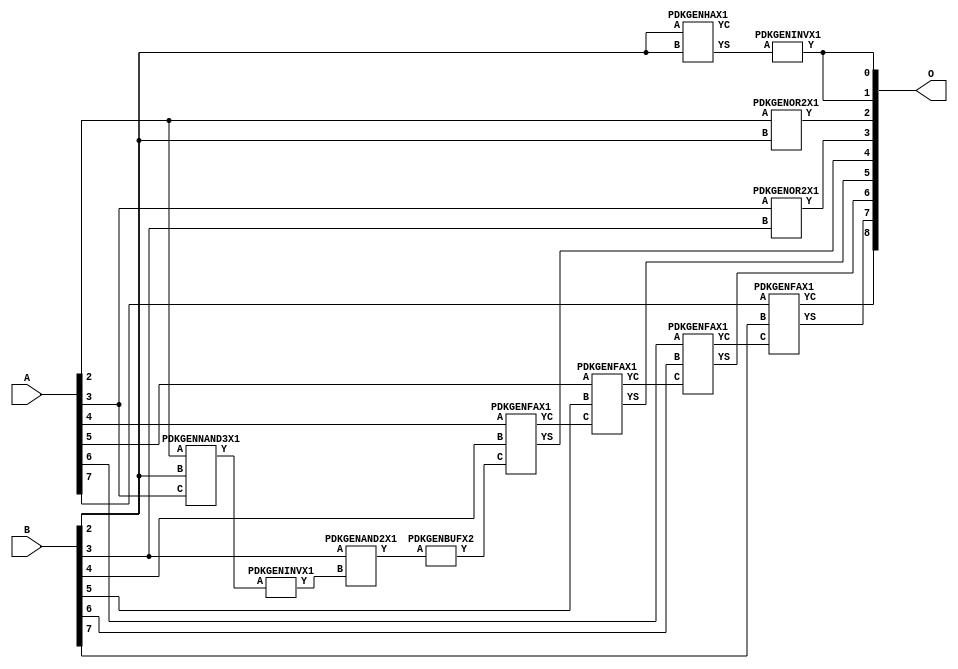
// Library = EvoApprox8b
// Circuit = add8_375
// Area   (180) = 748
// Delay  (180) = 1.280
// Power  (180) = 182.60
// Area   (45) = 55
// Delay  (45) = 0.480
// Power  (45) = 17.92
// Nodes = 12
// HD = 176512
// MAE = 3.20312
// MSE = 18.50000
// MRE = 1.68 %
// WCE = 11
// WCRE = 300 %
// EP = 85.9 %

module add8_375(A, B, O);
  input [7:0] A;
  input [7:0] B;
  output [8:0] O;
  wire [2031:0] N;

  assign N[0] = A[0];
  assign N[1] = A[0];
  assign N[2] = A[1];
  assign N[3] = A[1];
  assign N[4] = A[2];
  assign N[5] = A[2];
  assign N[6] = A[3];
  assign N[7] = A[3];
  assign N[8] = A[4];
  assign N[9] = A[4];
  assign N[10] = A[5];
  assign N[11] = A[5];
  assign N[12] = A[6];
  assign N[13] = A[6];
  assign N[14] = A[7];
  assign N[15] = A[7];
  assign N[16] = B[0];
  assign N[17] = B[0];
  assign N[18] = B[1];
  assign N[19] = B[1];
  assign N[20] = B[2];
  assign N[21] = B[2];
  assign N[22] = B[3];
  assign N[23] = B[3];
  assign N[24] = B[4];
  assign N[25] = B[4];
  assign N[26] = B[5];
  assign N[27] = B[5];
  assign N[28] = B[6];
  assign N[29] = B[6];
  assign N[30] = B[7];
  assign N[31] = B[7];

  PDKGENNAND3X1 n32(.A(N[4]), .B(N[20]), .C(N[6]), .Y(N[32]));
  assign N[33] = N[32];
  PDKGENINVX1 n38(.A(N[33]), .Y(N[38]));
  assign N[39] = N[38];
  PDKGENHAX1 n40(.A(N[20]), .B(N[20]), .YS(N[40]), .YC(N[41]));
  PDKGENAND2X1 n52(.A(N[22]), .B(N[39]), .Y(N[52]));
  assign N[53] = N[52];
  PDKGENINVX1 n126(.A(N[40]), .Y(N[126]));
  assign N[127] = N[126];
  PDKGENOR2X1 n132(.A(N[4]), .B(N[20]), .Y(N[132]));
  PDKGENOR2X1 n182(.A(N[6]), .B(N[22]), .Y(N[182]));
  assign N[183] = N[182];
  PDKGENBUFX2 n212(.A(N[53]), .Y(N[212]));
  assign N[213] = N[212];
  PDKGENFAX1 n232(.A(N[8]), .B(N[24]), .C(N[213]), .YS(N[232]), .YC(N[233]));
  PDKGENFAX1 n282(.A(N[10]), .B(N[26]), .C(N[233]), .YS(N[282]), .YC(N[283]));
  PDKGENFAX1 n332(.A(N[12]), .B(N[28]), .C(N[283]), .YS(N[332]), .YC(N[333]));
  PDKGENFAX1 n382(.A(N[14]), .B(N[30]), .C(N[333]), .YS(N[382]), .YC(N[383]));

  assign O[0] = N[127];
  assign O[1] = N[126];
  assign O[2] = N[132];
  assign O[3] = N[183];
  assign O[4] = N[232];
  assign O[5] = N[282];
  assign O[6] = N[332];
  assign O[7] = N[382];
  assign O[8] = N[383];

endmodule
/* mod */
module PDKGENFAX1( input A, input B, input C, output YS, output YC );
    assign YS = (A ^ B) ^ C;
    assign YC = (A & B) | (B & C) | (A & C);
endmodule
/* mod */
module PDKGENAND2X1(input A, input B, output Y );
     assign Y = A & B;
endmodule
/* mod */
module PDKGENOR2X1(input A, input B, output Y );
     assign Y = A | B;
endmodule
/* mod */
module PDKGENHAX1( input A, input B, output YS, output YC );
    assign YS = A ^ B;
    assign YC = A & B;
endmodule
/* mod */
module PDKGENINVX1(input A, output Y );
     assign Y = ~A;
endmodule
/* mod */
module PDKGENNAND3X1(input A, input B, input C, output Y );
     assign Y = ~((A & B) & C);
endmodule
/* mod */
module PDKGENBUFX2(input A, output Y );
     assign Y = A;
endmodule